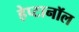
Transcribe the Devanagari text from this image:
हेप्टानॉल